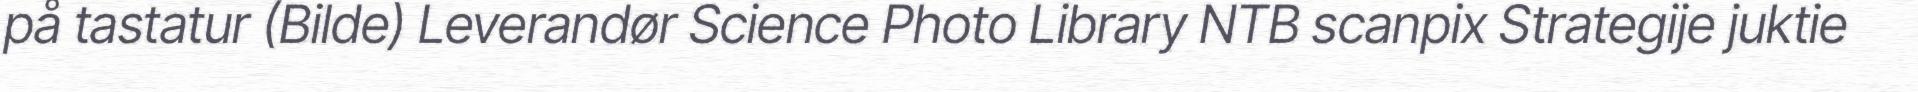
på tastatur (Bilde) Leverandør Science Photo Library NTB scanpix Strategije juktie